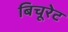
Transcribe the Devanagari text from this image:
बिचूरेट